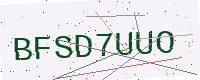
Text: BFSD7UUO